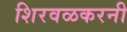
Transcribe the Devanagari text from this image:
शिरवळकरनी